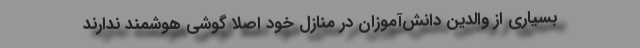
بسیاری از والدین دانش‌آموزان در منازل خود اصلا گوشی هوشمند ندارند